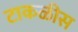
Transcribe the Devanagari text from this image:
टाकळीस